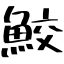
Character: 鮫